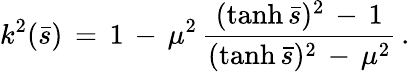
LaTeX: k^{2}(\bar{s})\, =\, 1\, -\, \mu^{2}\, \frac{(\operatorname{tanh}\bar{s})^{2}\, -\, 1}{(\operatorname{tanh}\bar{s})^{2}\, -\, \mu^{2}}\, {.}